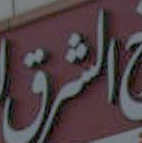
الشرق